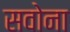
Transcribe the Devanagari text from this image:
सवोना